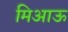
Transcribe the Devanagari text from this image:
मिआऊ